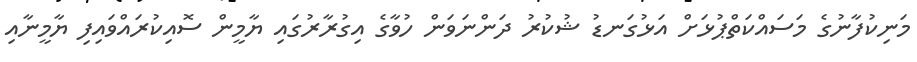
މަނިކުފާނުގެ މަސައްކަތްޕުޅަށް އަޅުގަނޑު ޝުކުރު ދަންނަވަން ހުވާގެ އިގުރާރުގައި ޔާމީން ސޮއިކުރައްވައިފި ޔާމީނާއި